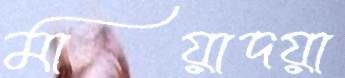
মায়াদয়া